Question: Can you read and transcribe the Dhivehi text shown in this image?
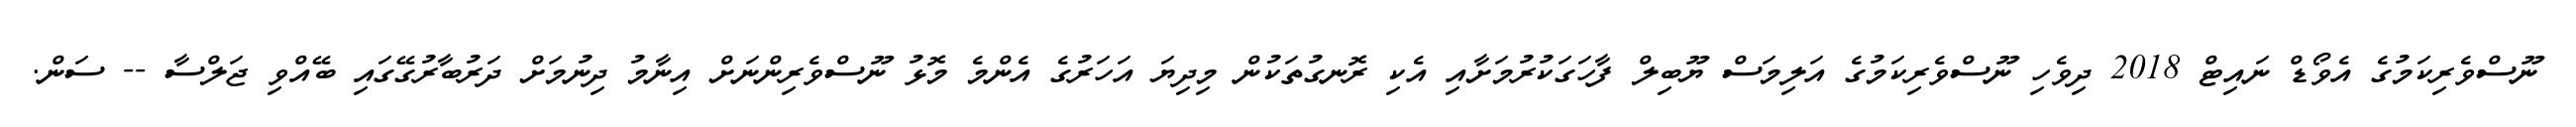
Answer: ނޫސްވެރިކަމުގެ އެވޯޑް ނައިޓް 2018 ދިވެހި ނޫސްވެރިކަމުގެ އަލިމަސް ޔޫބިލް ފާހަގަކުރުމަށާއި އެކި ރޮނގުތަކުން މިދިޔަ އަހަރުގެ އެންމެ މޮޅު ނޫސްވެރިންނަށް އިނާމު ދިނުމަށް ދަރުބާރުގޭގައި ބޭއްވި ޖަލްސާ -- ސަން.